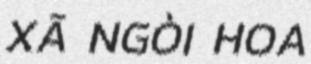
XÃ NGÒI HOA